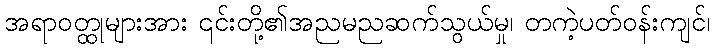
အရာဝတ္ထုများအား ၎င်းတို့၏အညမညဆက်သွယ်မှု၊ တကဲ့ပတ်ဝန်းကျင်၊